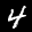
Label: 4